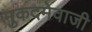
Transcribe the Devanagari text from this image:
मुकदमेवाजी